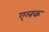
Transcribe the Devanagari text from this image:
एलक